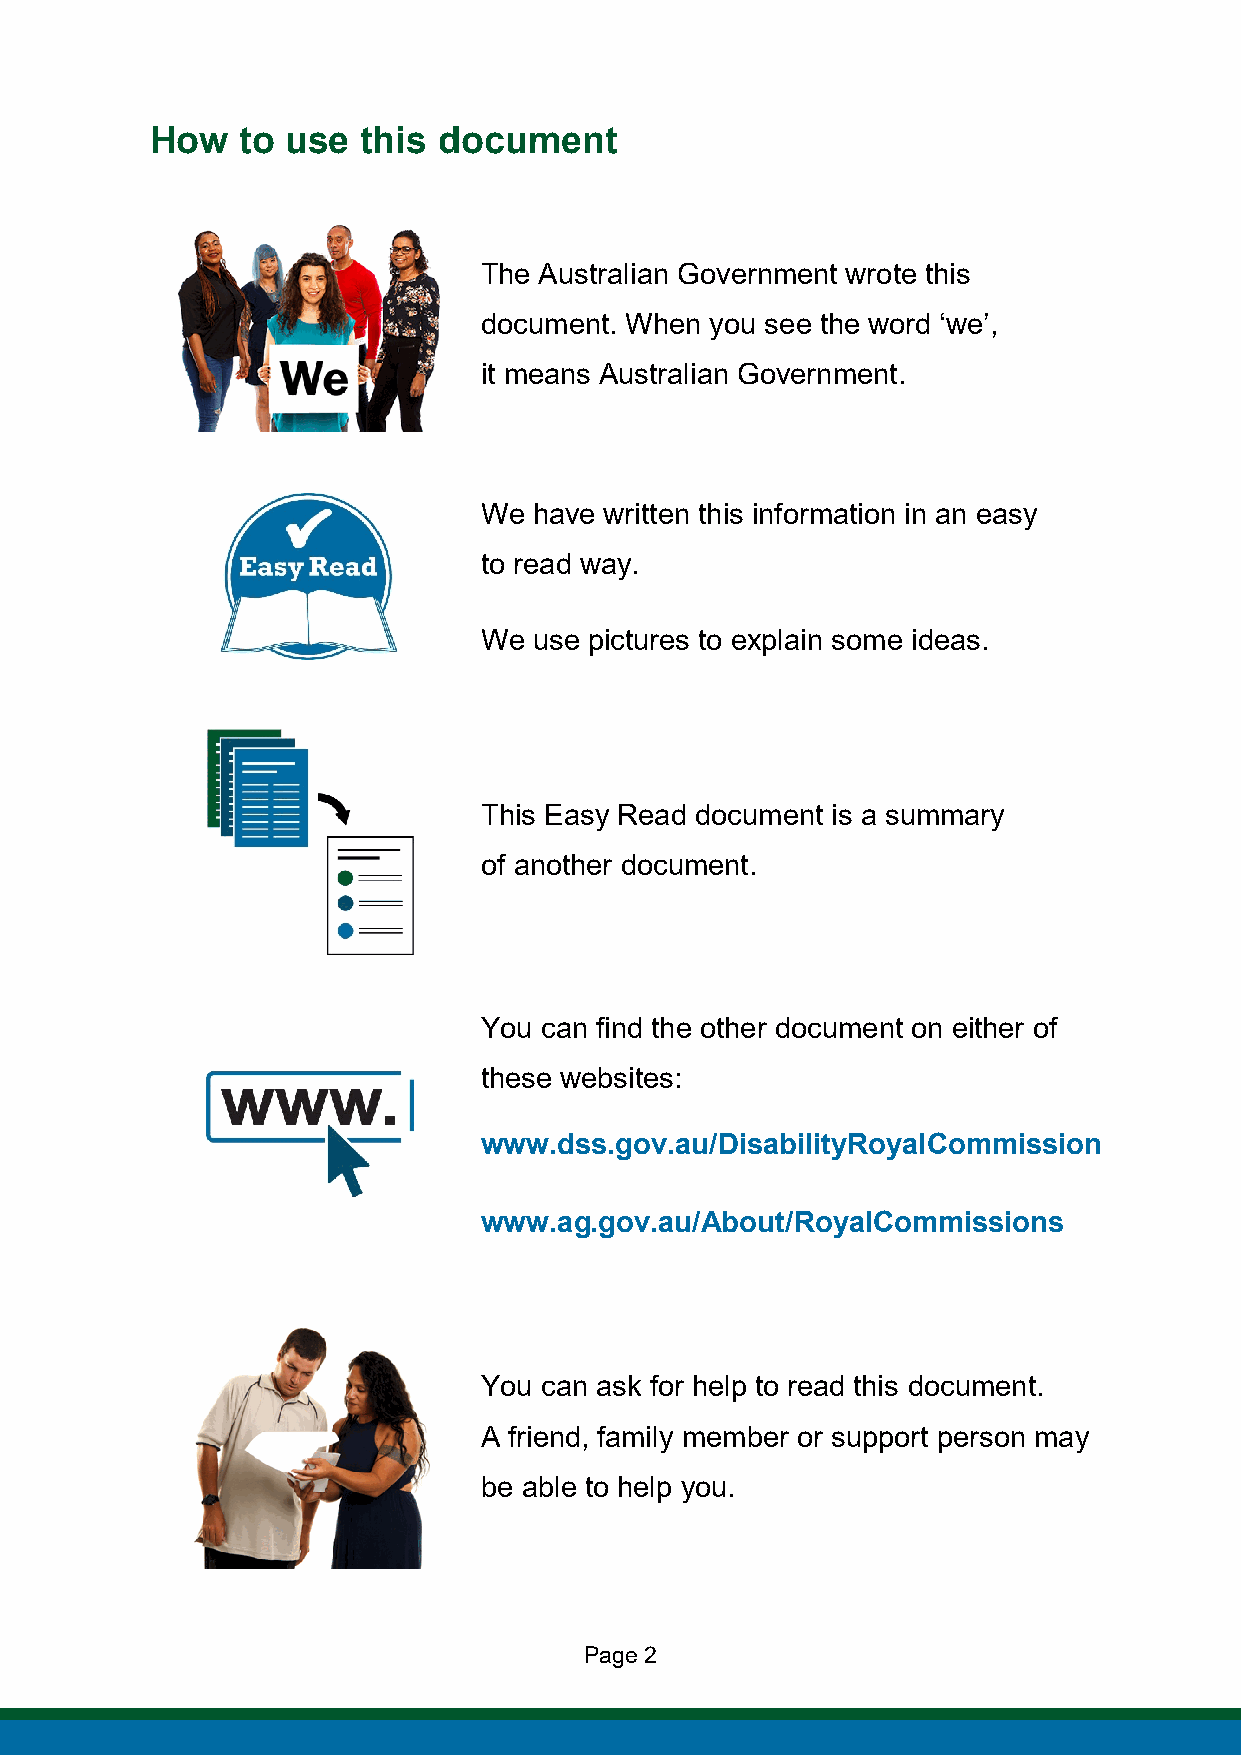
How   to use  this document
 The Australian Government wrote this
 document. When you see the word ‘we’,
 it means Australian Government.
 We have written this information in an easy
 to read way.
 We use pictures to explain some ideas.
 This Easy Read document is a summary
 of another document.
 You can find the other document on either of
 these websites:
 www.dss.gov.au/DisabilityRoyalCommission
 www.ag.gov.au/About/RoyalCommissions
 You can ask for help to read this document.
 A friend, family member or support person may
 be able to help you.
 Page 2